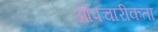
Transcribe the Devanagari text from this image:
ओपचारीकता